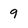
Character: 9